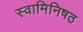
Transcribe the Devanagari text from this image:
स्वामिनिषठ